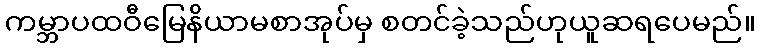
ကမ္ဘာပထဝီမြေနိယာမစာအုပ်မှ စတင်ခဲ့သည်ဟုယူဆရပေမည်။